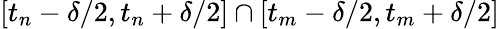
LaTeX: [t_{n}-\delta/2,t_{n}+\delta/2]\cap[t_{m}-\delta/2,t_{m}+\delta/2]